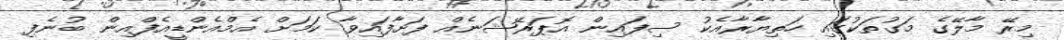
މިރޭ މާލޭގެ މަގުތަކުގައި ހަތިޔާރާއެކު ސިފައިން އޮޕަރޭޝަނެއް ފަށާފައިވާ ކަމަށް އެމްއެންޑީއެފްއިން ބުނެފި